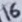
Text: 16